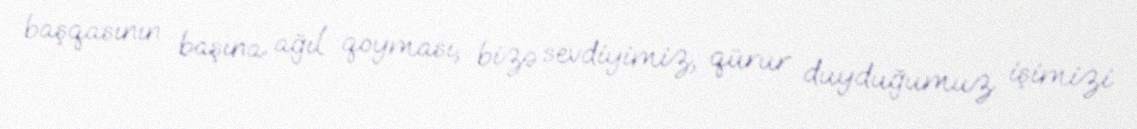
başqasının başına ağıl qoyması, bizə sevdiyimiz, qürur duyduğumuz işimizi